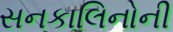
સનકાલિનોની